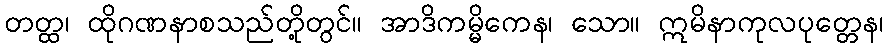
တတ္ထ၊ ထိုဂဏနာစသည်တို့တွင်။ အာဒိကမ္မိကေန၊ သော။ ဣမိနာကုလပုတ္တေန၊